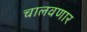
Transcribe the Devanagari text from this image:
चालवणार